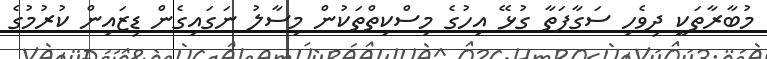
މުބާރާތަކީ ދިވެހި ސަގާފަތާ ގުޅޭ އިހުގެ މިސްކިތްތަކުން މިސާލު ނަގައިގެން ޑިޒައިން ކުރުމުގެ